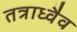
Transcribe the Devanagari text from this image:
तत्राध्वैव